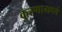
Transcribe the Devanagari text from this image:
कुरणामध्ये